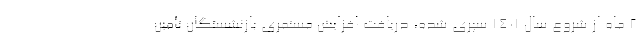
۲ ماه از شروع سال ۱۴۰۱ سپری شده، دریافت افزایش مستمری بازنشستگان تأمین